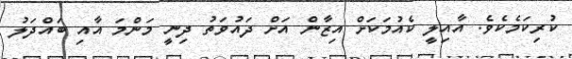
ކުރިކަމެކެވެ. އާއިލީ ކެއުމަކަށް އިޒާން އަށް ދައުވަތު ދިނީ މަންމަ އާއި ބައްދަލު